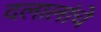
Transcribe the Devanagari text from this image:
दलालांचे